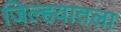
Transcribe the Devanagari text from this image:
जिल्हयातला